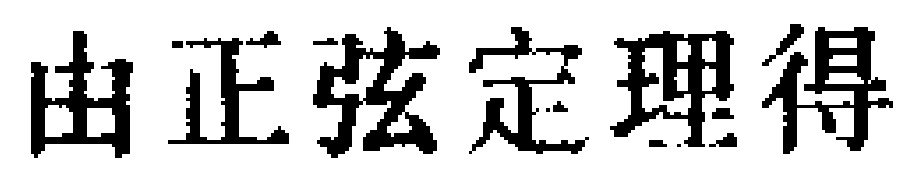
由正弦定理得